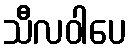
သီလဝါပေ